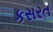
કસરત